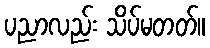
ပညာလည်း သိပ်မတတ်။